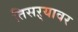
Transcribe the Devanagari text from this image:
तिसऱ्यावर